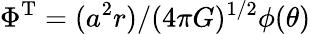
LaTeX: \Phi^{\mathrm{T}}={{(a^{2}r)}/{(4{\pi}G)^{1/2}}}\phi(\theta)